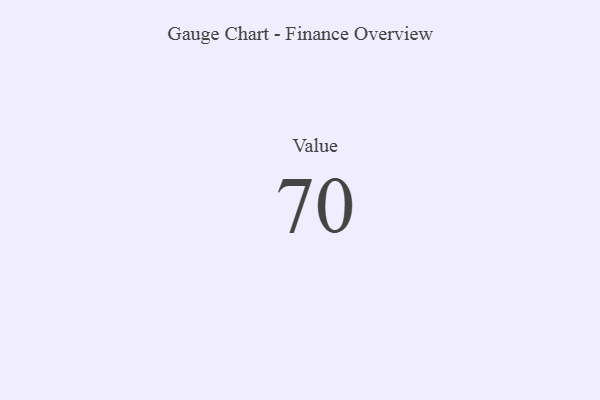
{"axis": {"x": "Metric", "y": "Value"}, "legend": [""], "data": [{"x": "Value", "y": 70, "type": ""}]}